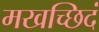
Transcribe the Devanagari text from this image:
मखच्छिदं